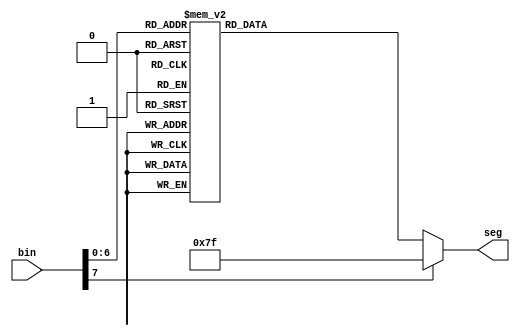
// Copyright 2007 Altera Corporation. All rights reserved.  
// Altera products are protected under numerous U.S. and foreign patents, 
// maskwork rights, copyrights and other intellectual property laws.  
//
// This reference design file, and your use thereof, is subject to and governed
// by the terms and conditions of the applicable Altera Reference Design 
// License Agreement (either as signed by you or found at www.altera.com).  By
// using this reference design file, you indicate your acceptance of such terms
// and conditions between you and Altera Corporation.  In the event that you do
// not agree with such terms and conditions, you may not use the reference 
// design file and please promptly destroy any copies you have made.
//
// This reference design file is being provided on an "as-is" basis and as an 
// accommodation and therefore all warranties, representations or guarantees of 
// any kind (whether express, implied or statutory) including, without 
// limitation, warranties of merchantability, non-infringement, or fitness for
// a particular purpose, are specifically disclaimed.  By making this reference
// design file available, Altera expressly does not recommend, suggest or 
// require that this reference design file be used in combination with any 
// other product not provided by Altera.
/////////////////////////////////////////////////////////////////////////////

module asc_to_7seg	(bin,seg);
input	[7:0]	bin;
output	[6:0]	seg;
reg		[6:0]	seg;

always @(bin) begin
	
	case(bin)
		8'h0,"0" : seg = 7'b1000000;	//  output = 0 indicates a lit segment
		8'h1,"1" : seg = 7'b1111001;	// ---0---
		8'h2,"2" : seg = 7'b0100100; 	// |	 |
		8'h3,"3" : seg = 7'b0110000; 	// 5	 1
		8'h4,"4" : seg = 7'b0011001; 	// |	 |
		8'h5,"5" : seg = 7'b0010010; 	// ---6---
		8'h6,"6" : seg = 7'b0000010; 	// |	 |
		8'h7,"7" : seg = 7'b1111000; 	// 4	 2
		8'h8,"8" : seg = 7'b0000000; 	// |	 |
		8'h9,"9" : seg = 7'b0011000; 	// ---3---
		8'ha: seg = 7'b0001000;
		8'hb: seg = 7'b0000011;
		8'hc: seg = 7'b1000110;
		8'hd: seg = 7'b0100001;
		8'he: seg = 7'b0000110;
		8'hf: seg = 7'b0001110;

		"a","A" : seg = 7'b0001000;
		"b","B" : seg = 7'b0000011;
		"c","C" : seg = 7'b1000110;
		"d","D" : seg = 7'b0100001;
		"e","E" : seg = 7'b0000110;
		"f","F" : seg = 7'b0001110;
		"g","G" : seg = 7'b0010000;
		"h","H" : seg = 7'b0001011;
		"i","I" : seg = 7'b1111011;
		"j","J" : seg = 7'b1100001;
		"k","K" : seg = 7'b0000111;
		"l","L" : seg = 7'b1000111;
		"m","M" : seg = 7'b0101011;
		"n","N" : seg = 7'b0101011;
		"o","O" : seg = 7'b0100011;
		"p","P" : seg = 7'b0001100;
		"q","Q" : seg = 7'b0011000;
		"r","R" : seg = 7'b0101111;
		"s","S" : seg = 7'b0010010;
		"t","T" : seg = 7'b1001110;
		"u","U" : seg = 7'b1000001;
		"v","V" : seg = 7'b1000000;
		"w","W" : seg = 7'b1000000;		// a couple of letters
		"x","X" : seg = 7'b0001001;		// don't map well.  Show
		"y","Y" : seg = 7'b0011001;		// something anyway.
		"z","Z" : seg = 7'b0100100;

		" " : seg = 7'b1111111;
		"-" : seg = 7'b0111111;
	
		default : seg = 7'b1111111;
	endcase
end

endmodule